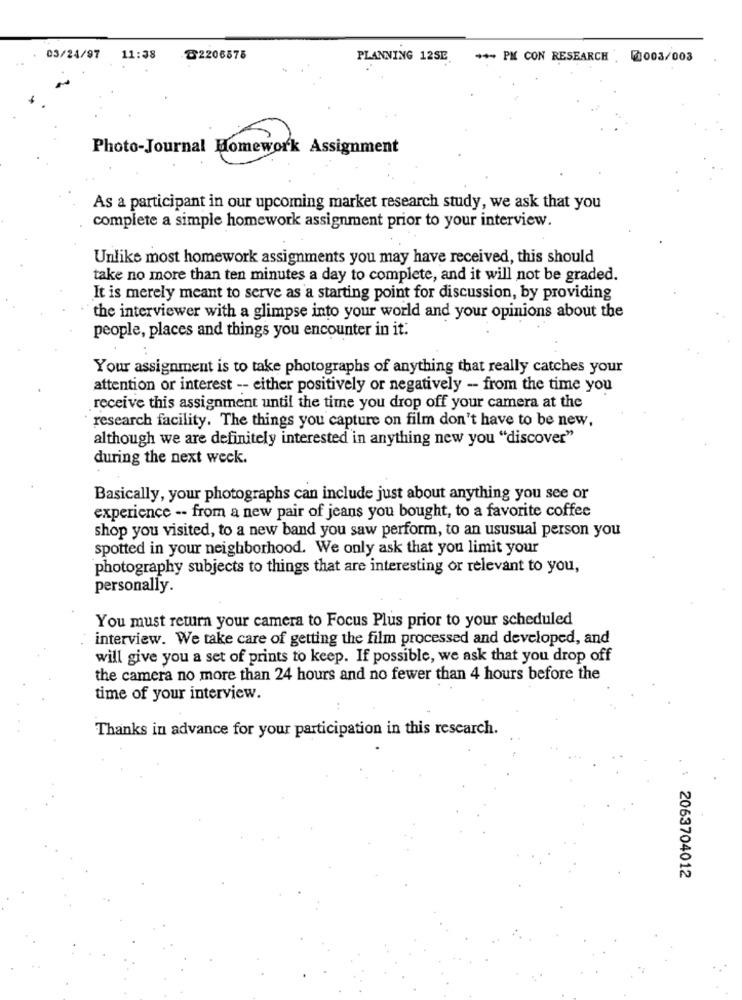
03/24/97
11:38
৳2206578
PLANNING 12SE
++ PM CON RESEARCH . 2003/003
Photo-Journal Homework Assignment
As a participant in our upcoming market research study, we ask that you
complete a simple homework assignment prior to your interview.
Unlike most homework assignments you may have received, this should
take no more than ten minutes a day to complete, and it will not be graded.
It is merely meant to serve as a starting point for discussion, by providing
the interviewer with a glimpse into your world and your opinions about the
people, places and things you encounter in it.
Your assignment is to take photographs of anything that really catches your
attention or interest -- either positively or negatively - from the time you
receive this assignment until the time you drop off your camera at the
research facility. The things you capture on film don't have to be new,
although we are definitely interested in anything new you "discover"
during the next week.
Basically, your photographs can include just about anything you see or
experience -- from a new pair of jeans you bought, to a favorite coffee
shop you visited, to a new band you saw perform, to an ususual person you
spotted in your neighborhood. We only ask that you limit your
photography subjects to things that are interesting or relevant to you,
personally.
You must return your camera to Focus Plus prior to your scheduled
interview. We take care of getting the film processed and developed, and
will give you a set of prints to keep. If possible, we ask that you drop off
the camera no more than 24 hours and no fewer than 4 hours before the
time of your interview.
Thanks in advance for your participation in this research.
. : 2063704012